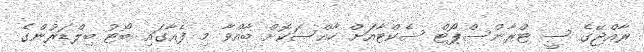
ރާއްޖޭގެ ސީ ޓްރާންސްޕޯޓް ސެކްޓާއަށް ހާއްސަކޮށް ބާއްވާ މި ފެއާގައި ބޯޓު ބިލްޑަރުންގެ